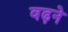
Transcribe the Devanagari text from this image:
वढ़ने